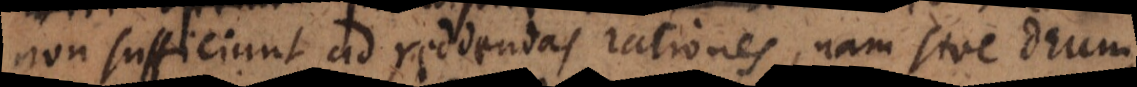
non sufficiunt ad reddendas rationes, nam sive Deum,